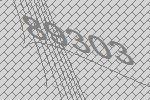
89303